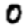
Digit: 0